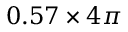
0 . 5 7 \times 4 \pi